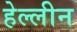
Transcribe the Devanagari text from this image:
हेल्लीन